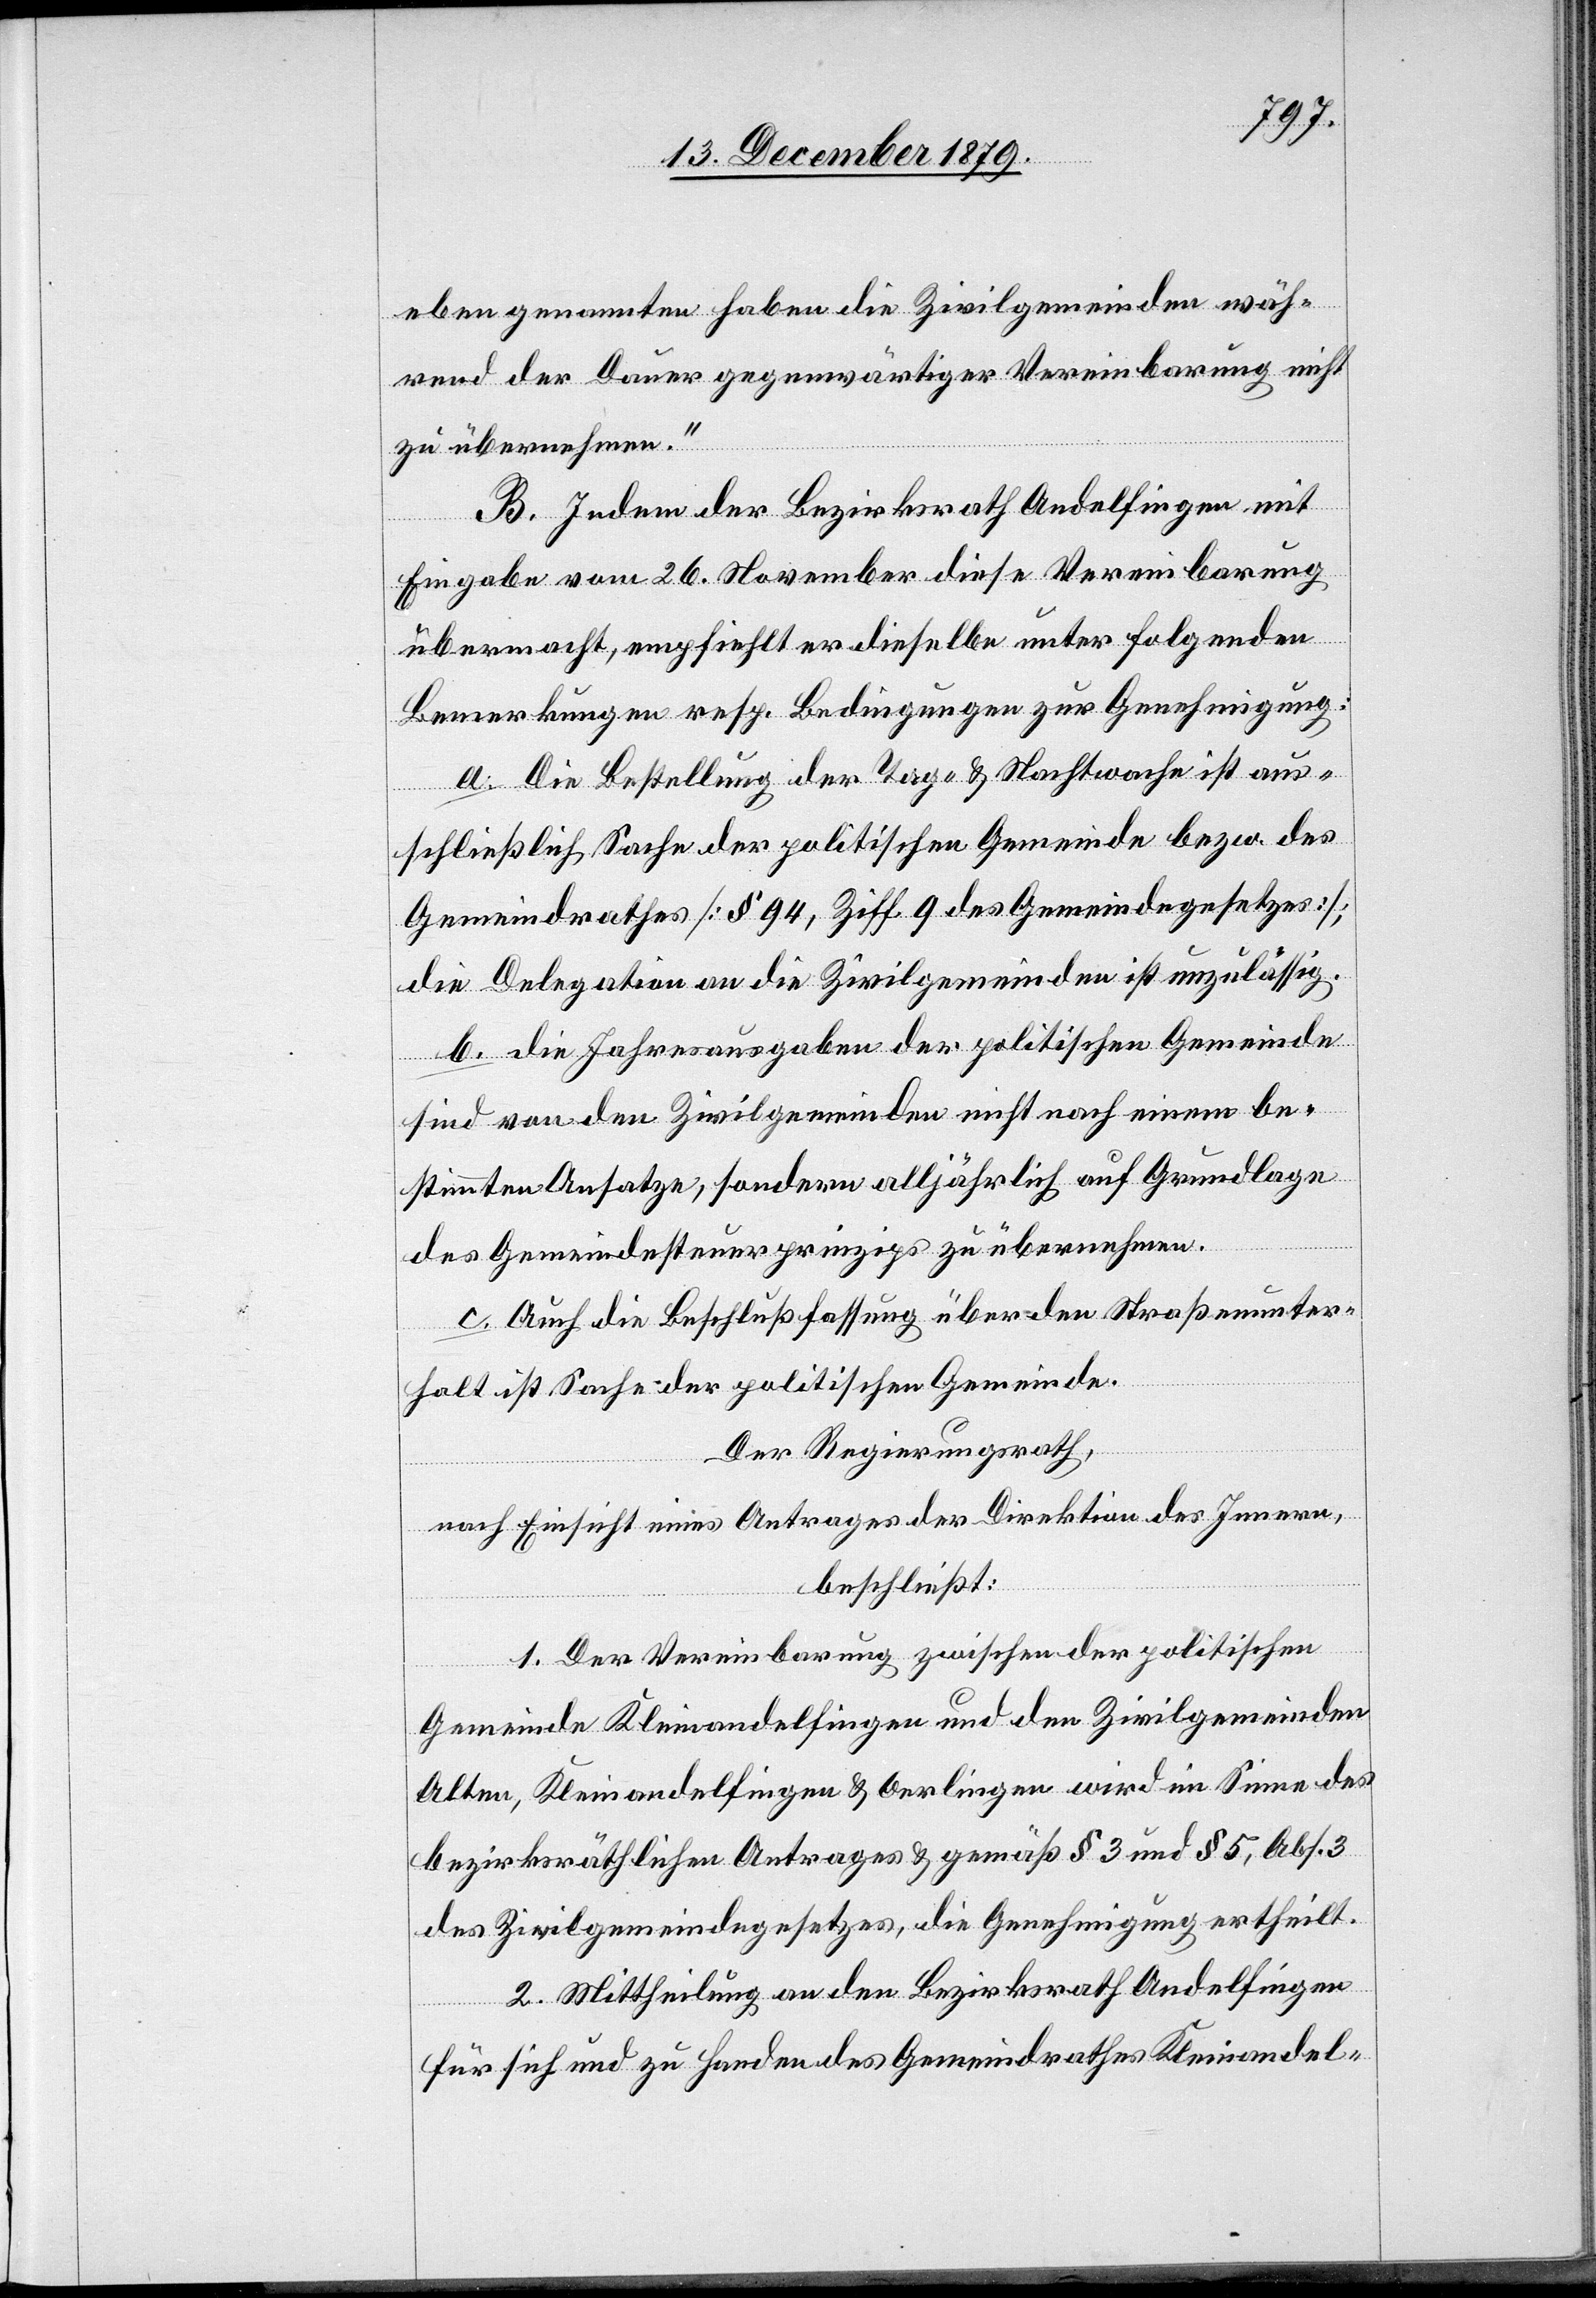
eben genannten haben die Zivilgemeinden wäh¬
rend der Dauer gegenwärtiger Vereinbarung nicht
zu übernehmen.“
B. Indem der Bezirksrath Andelfingen mit
Eingabe vom 26. November diese Vereinbarung
übermacht, empfiehlt er dieselbe unter folgenden
Bemerkungen resp. Bedingungen zur Genehmigung:
a. Die Bestellung der Tag- & Nachtwache ist aus¬
schließlich Sache der politischen Gemeinde bezw. des
Gemeindrathes [§ 94, Ziff. 9 des Gemeindegesetzes];
die Delegation an die Zivilgemeinden ist unzulässig.
b. die Jahresausgaben der politischen Gemeinde
sind von den Zivilgemeinden nicht nach einem be¬
stimmten Ansatze, sondern alljährlich auf Grundlage
des Gemeindesteuerprinzips zu übernehmen.
c. Auch die Beschlußfassung über den Straßenunter¬
halt ist Sache der politischen Gemeinde.
Der Regierungsrath,
nach Einsicht eines Antrages der Direktion des Innern,
beschließt:
1. Der Vereinbarung zwischen der politischen
Gemeinde Kleinandelfingen und den Zivilgemeinden
Alten, Kleinandelfingen & Oerlingen wird im Sinne des
bezirksräthlichen Antrages & gemäß § 3 und § 5, Abs. 3
des Zivilgemeindegesetzes, die Genehmigung ertheilt.
2. Mittheilung an den Bezirksrath Andelfingen
für sich und zu Handen des Gemeindrathes Kleinandel-